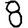
Digit: 8